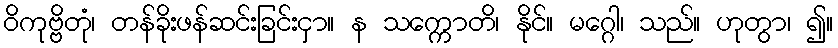
ဝိကုဗ္ဗိတုံ၊ တန်ခိုးဖန်ဆင်းခြင်းငှာ။ န သက္ကောတိ၊ နိုင်။ မဂ္ဂေါ၊ သည်။ ဟုတွာ၊ ၍။